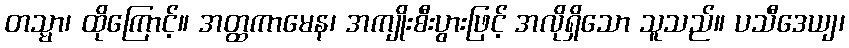
တသ္မာ၊ ထိုကြောင့်။ အတ္ထကာမေန၊ အကျိုးစီးပွားဖြင့် အလိုရှိသော သူသည်။ ပသီဒေယျ၊